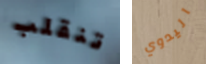
تنقلب اليدوي